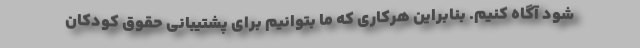
شود آگاه کنیم. بنابراین هرکاری که ما بتوانیم برای پشتیبانی حقوق کودکان